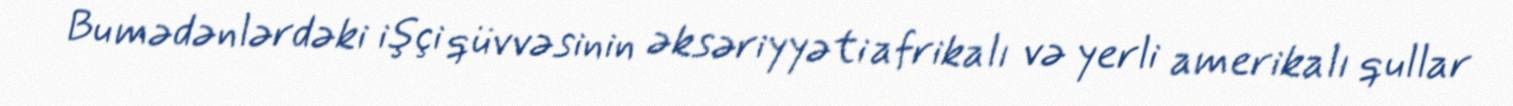
Bu mədənlərdəki işçi qüvvəsinin əksəriyyəti afrikalı və yerli amerikalı qullar